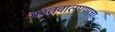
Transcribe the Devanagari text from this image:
मस्तवालपणाचा